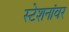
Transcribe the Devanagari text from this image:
स्टेशनांवर